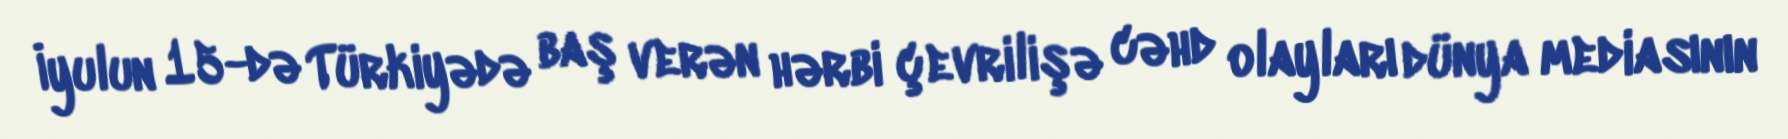
İyulun 15-də Türkiyədə baş verən hərbi çevrilişə cəhd olayları dünya mediasının